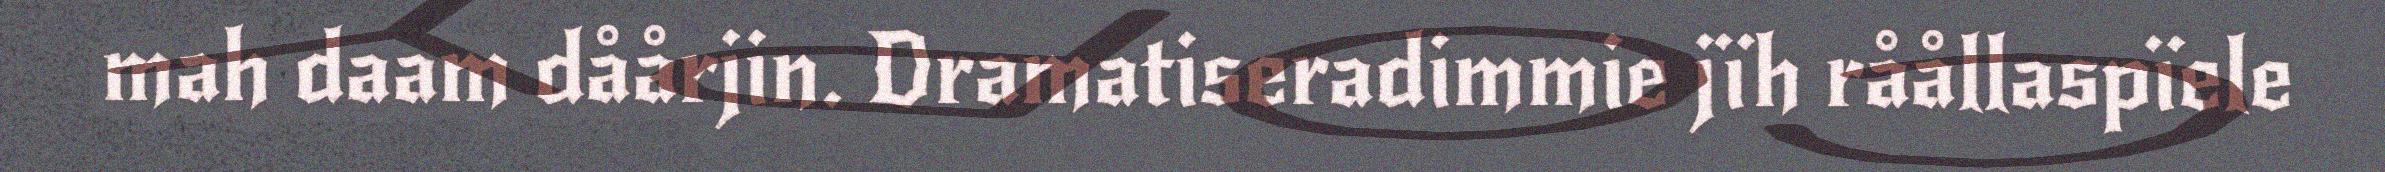
mah daam dåårjin. Dramatiseradimmie jïh råållaspïele